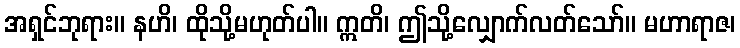
အရှင်ဘုရား။ နဟိ၊ ထိုသို့မဟုတ်ပါ။ ဣတိ၊ ဤသို့လျှောက်လတ်သော်။ မဟာရာဇ၊